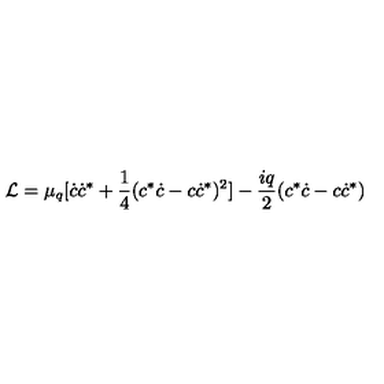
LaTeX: { \cal L } = \mu _ { q } [ \dot { c } \dot { c } ^ { * } + \frac { 1 } { 4 } ( c ^ { * } \dot { c } - c \dot { c } ^ { * } ) ^ { 2 } ] - \frac { i q } { 2 } ( c ^ { * } \dot { c } - c \dot { c } ^ { * } )